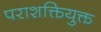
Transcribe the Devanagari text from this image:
पराशक्तियुक्त